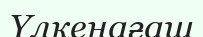
Үлкенағаш